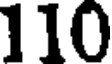
110